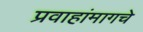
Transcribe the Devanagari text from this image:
प्रवाहांमागचे